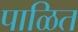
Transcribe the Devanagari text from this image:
पाळित